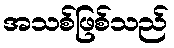
အသစ်ဖြစ်သည်